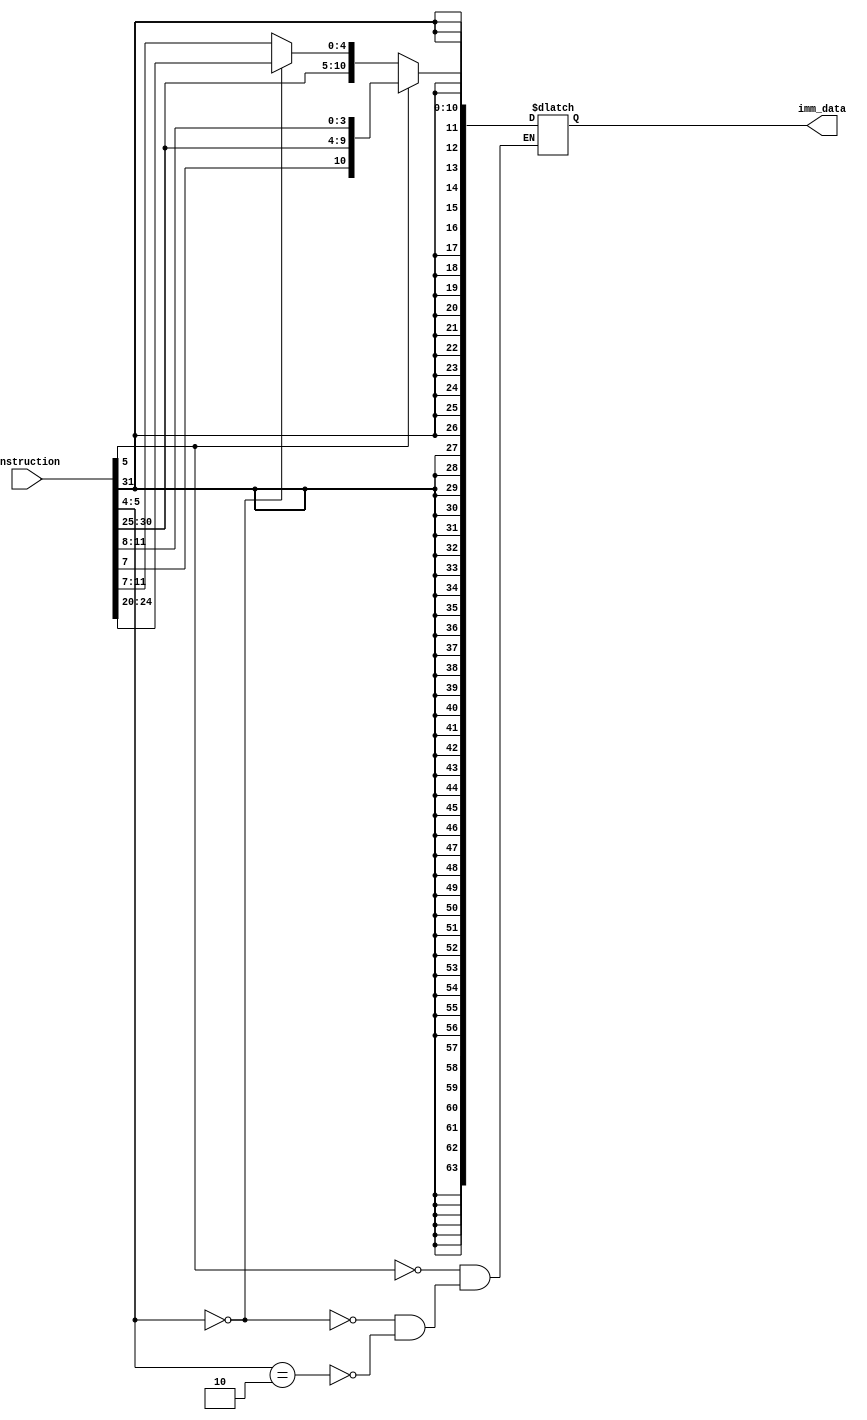
module immediate_data_extractor
(
input [31:0] instruction,
output reg[63:0] imm_data
);

always@(*)
begin
	if(instruction[5] == 1)
		imm_data <= {{52{instruction[31]}}, instruction[31], instruction[7], instruction[30:25], instruction[11:8]};

	else if(instruction[5:4] == 2'b00)
		imm_data <= {{52{instruction[31]}}, instruction[31:20]};

	else if(instruction[5:4] == 2'b10)
		imm_data <= {{52{instruction[31]}}, instruction[31:25], instruction[11:7]};		
		
end
endmodule